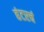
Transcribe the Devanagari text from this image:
हंटरचं